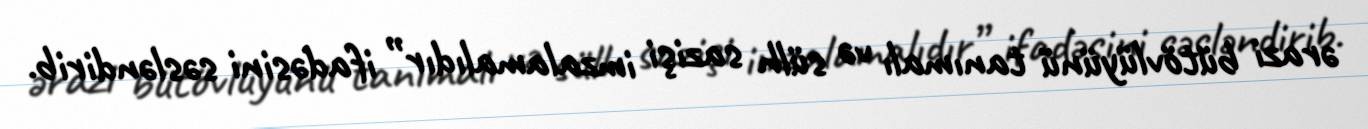
ərazi bütövlüyünü tanımalı və sülh sazişi imzalamalıdır” ifadəsini səsləndirib.